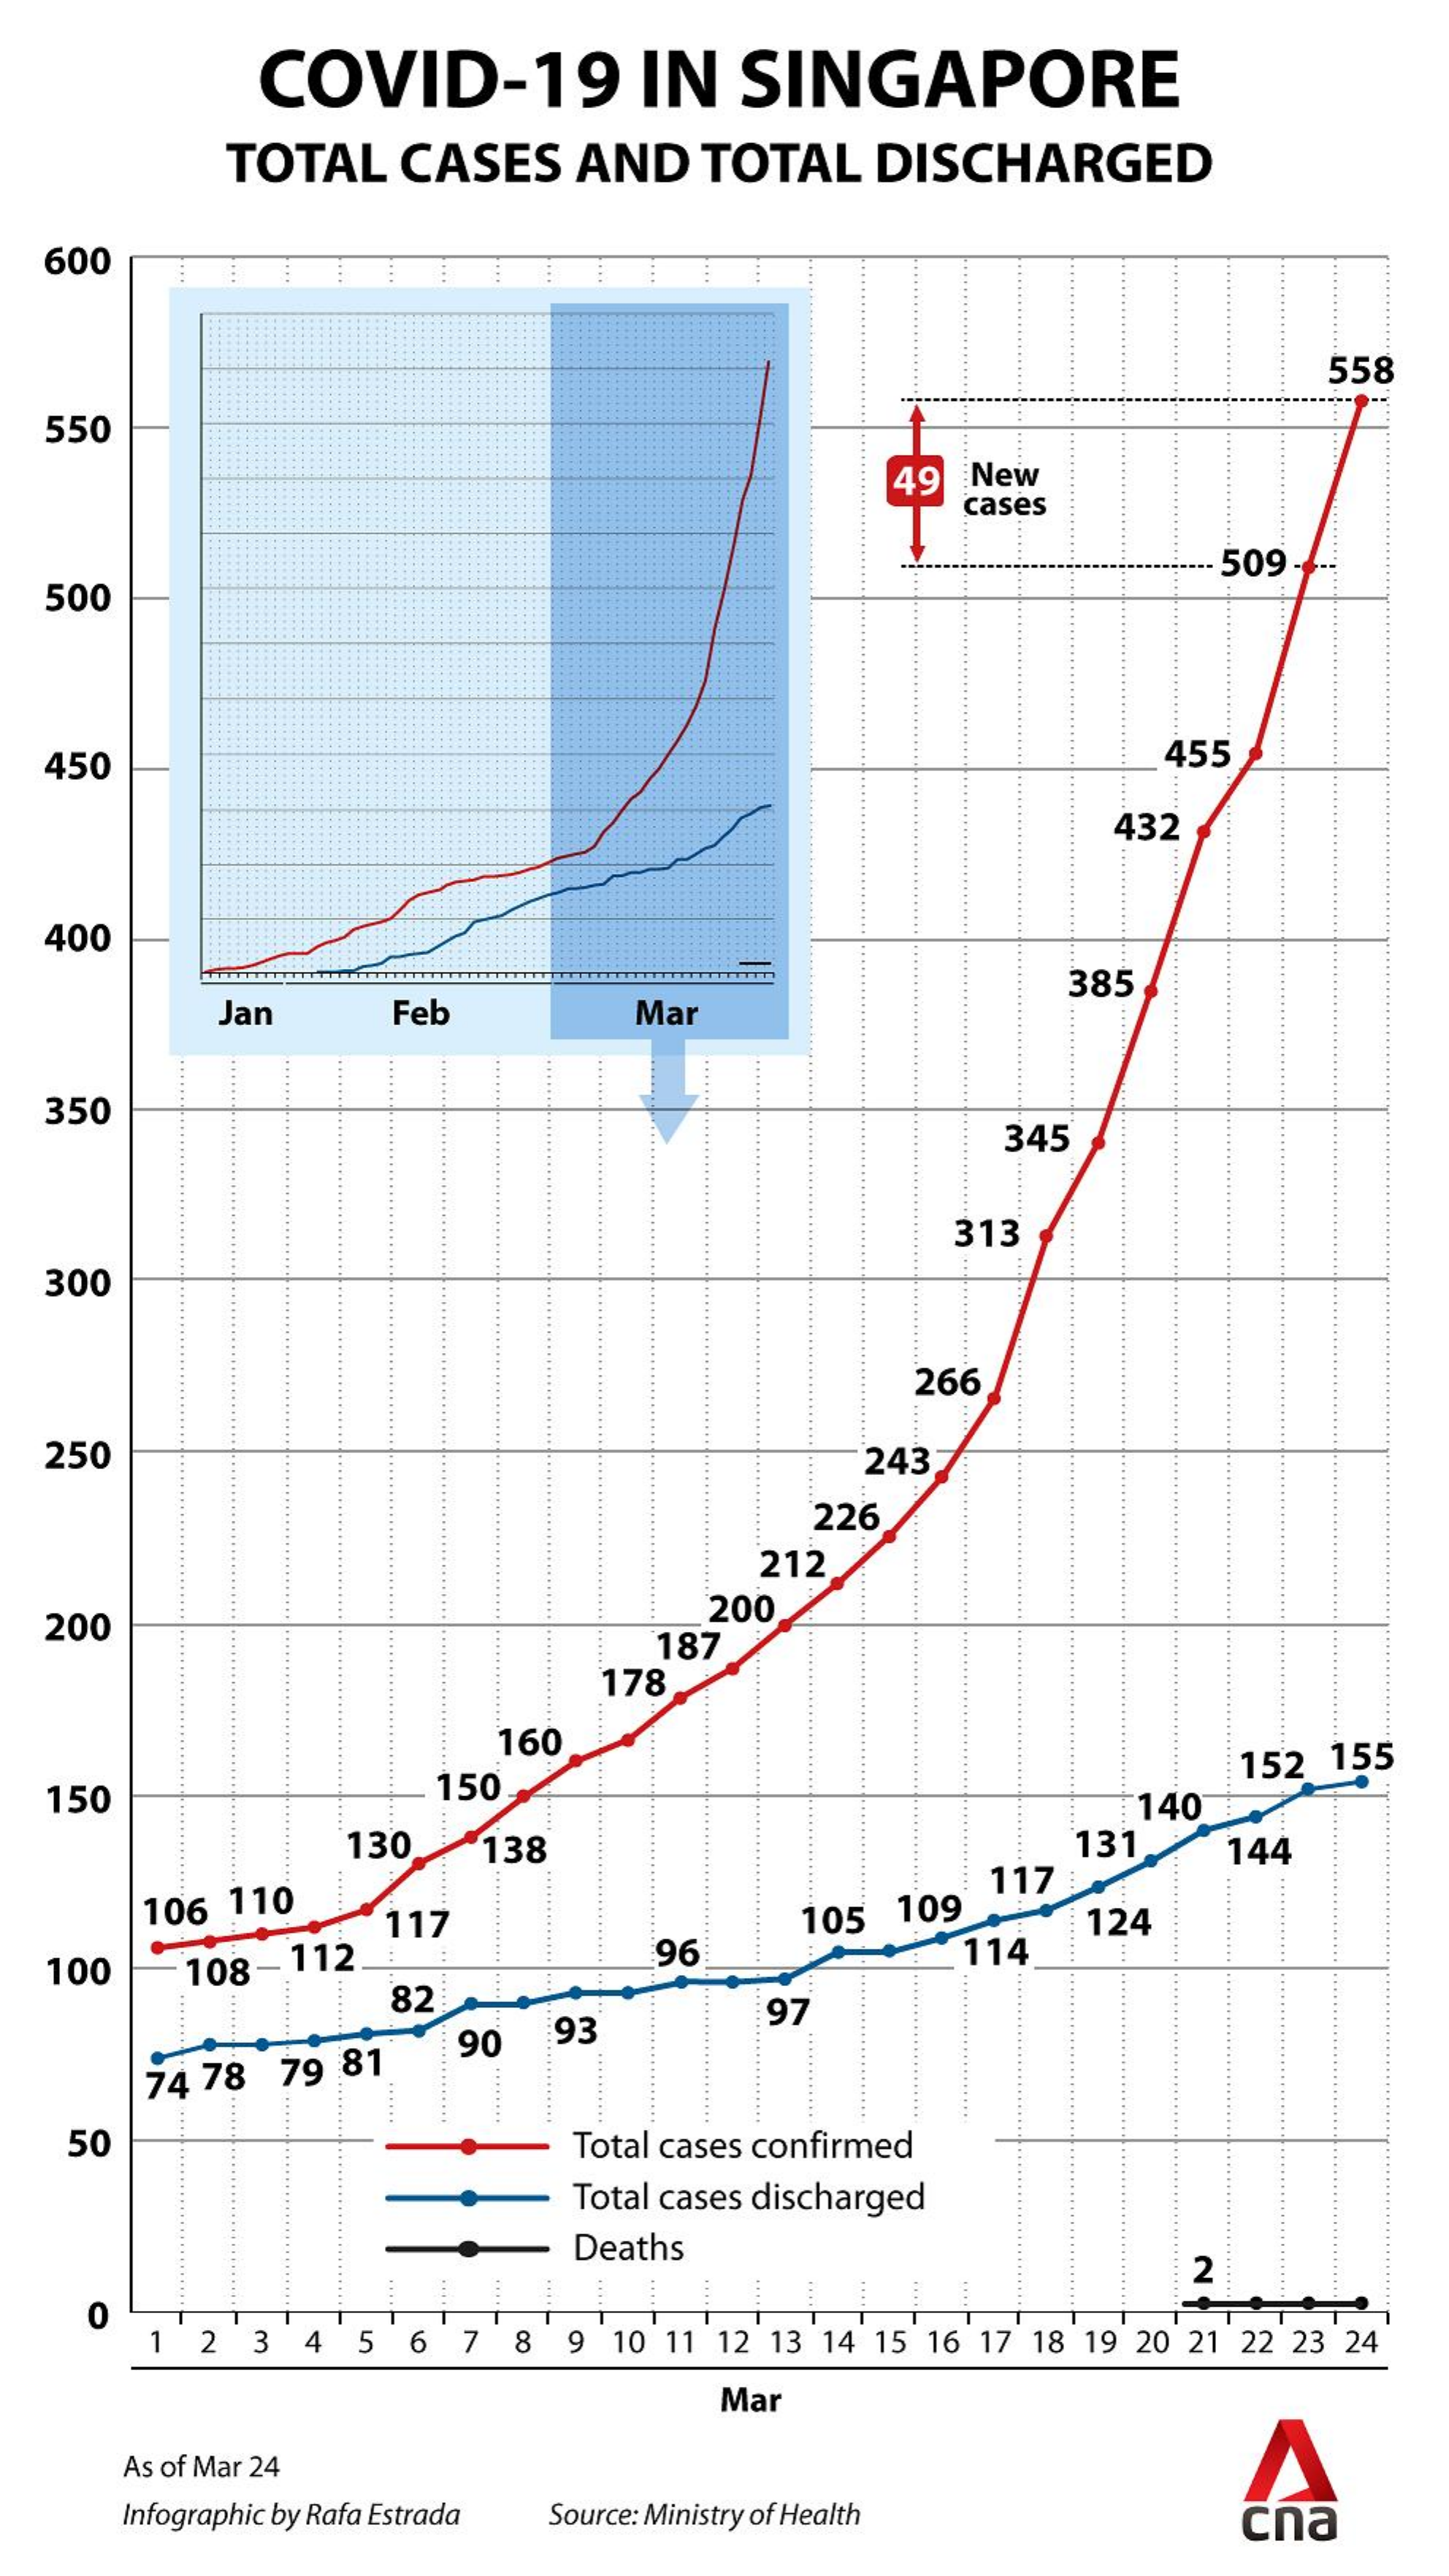
COVID-19    IN   SINGAPORE
     TOTAL  CASES  AND  TOTAL  DISCHARGED
  600    ....
     558
  550
     49  New
     cases
     - 509
  500
  450    455
     432
     .......
  400
     Jan    Feb    Mar
     385
  350
     345
     313
  300
     266
  250    243
     226
     212
  200
     200
     187
     178
     160
  150    150
     152 155
     140
     130   138    131   144
     ...... 106 110
     117
     117    105 109    124
  100   108-112    96    114
     82
     90  93
     97
     74 78 79 81
   50    Total cases confirmed
     Total cases discharged
     Deaths
     2
    0
     1 2 3 4 5 6  7 8 9 10 11 12 13 14 15 16 17 18 19 20 21 22 23 24
     Mar
     As of Mar 24
     Infographic by Rafa Estrada Source: Ministry of Health cna